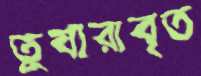
তুষারাবৃত